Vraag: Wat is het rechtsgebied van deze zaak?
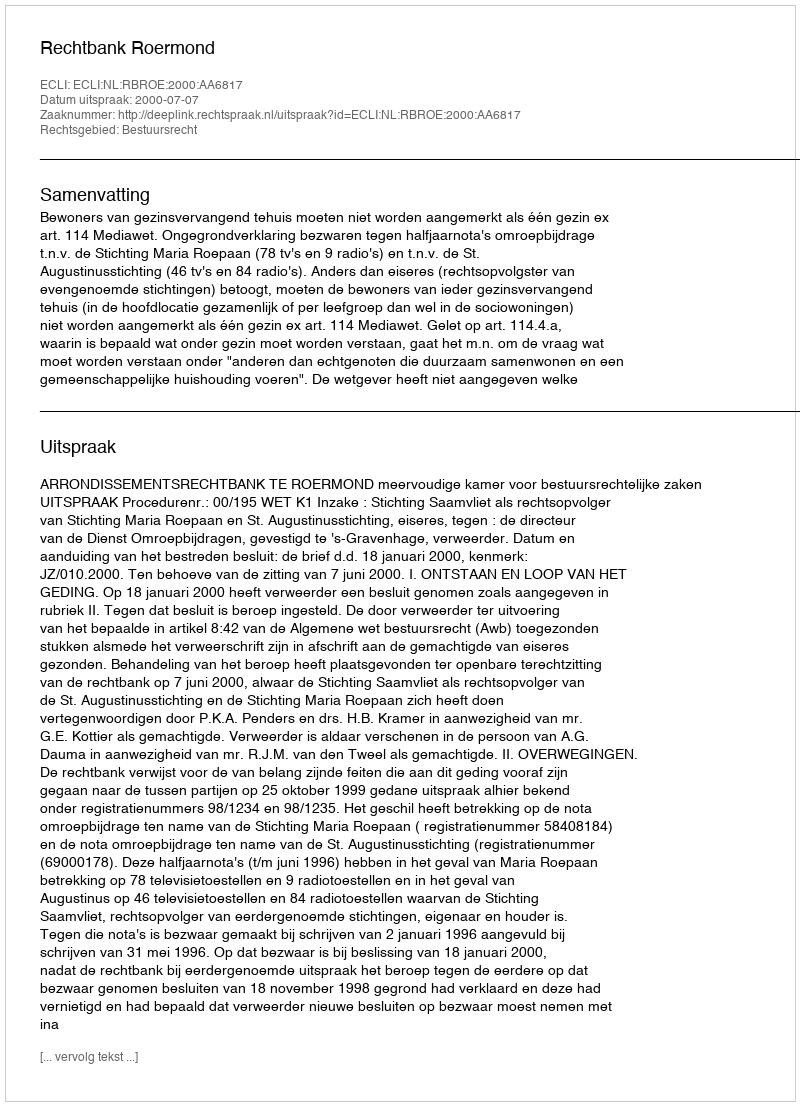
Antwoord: Bestuursrecht